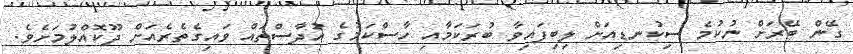
ގޭން ބޭރަށް ނުކުމެ ސިކުނޑިއަށް ލިބިފައިވާ ބުރަކަމާއި ހާސްކަމުގެ އުދާސްތައް ވައިގެތެރެއަށް ދޫކޮއްލުމަށެވެ.